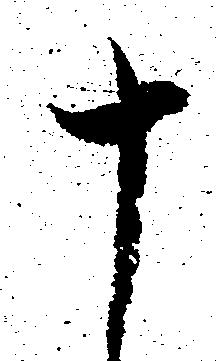
十